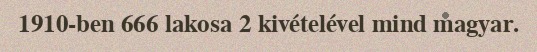
1910-ben 666 lakosa 2 kivételével mind magyar.